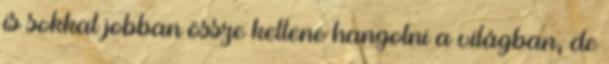
is sokkal jobban össze kellene hangolni a világban, de